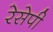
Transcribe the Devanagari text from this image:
रेसेपी